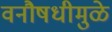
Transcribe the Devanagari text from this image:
वनौषधीमुळे